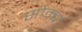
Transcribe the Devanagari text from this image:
सोम्ब्रा